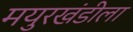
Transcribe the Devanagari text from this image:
मयुरखंडीला